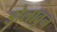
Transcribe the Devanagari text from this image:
डोलावून